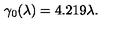
\gamma _ { 0 } ( \lambda ) = 4 . 2 1 9 \lambda .